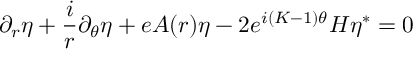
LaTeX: \partial _ { r } \eta + \frac { i } { r } \partial _ { \theta } \eta + e A ( r ) \eta - 2 e ^ { i ( K - 1 ) \theta } { \cal { H } } \eta ^ { * } = 0